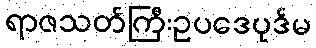
ရာဇသတ်ကြီးဥပဒေပုဒ်မ